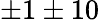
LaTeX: \pm 1\pm 10